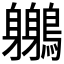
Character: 𪇣